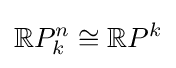
\mathbb {R} P_{k}^{n}\cong \mathbb {R} P^{k}